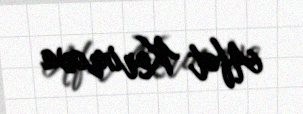
Afət Kərimova